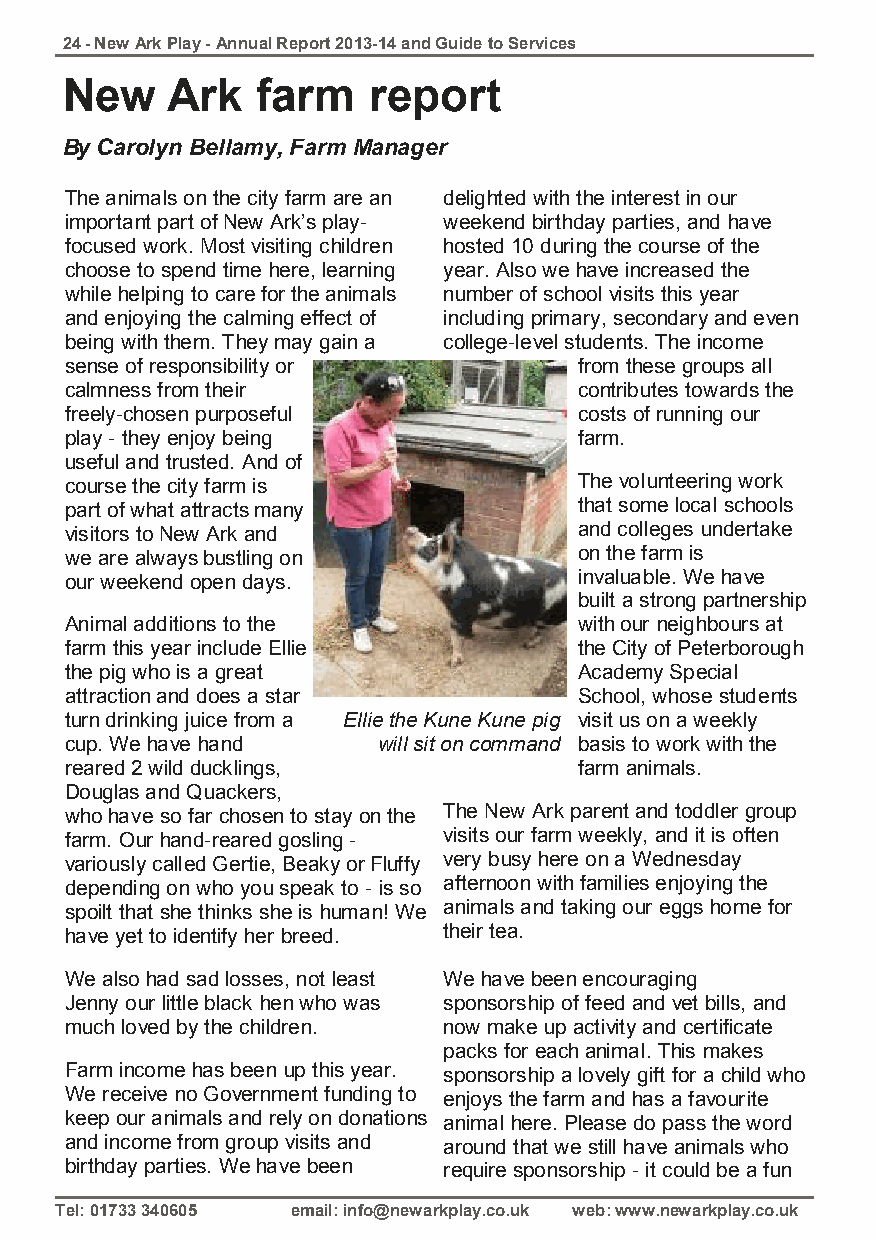
24 - New Ark Play - Annual Report 2013-14 and Guide to Services
 New    Ark   farm   report
 By Carolyn Bellamy, Farm Manager
 The animals on the city farm are an delighted with the interest in our
 important part of New Ark’s play- weekend birthday parties, and have
 focused work. Most visiting children hosted 10 during the course of the
 choose to spend time here, learning year. Also we have increased the
 while helping to care for the animals number of school visits this year
 and enjoying the calming effect of including primary, secondary and even
 being with them. They may gain a college-level students. The income
 sense of responsibility or        from these groups all
 calmness from their               contributes towards the
 freely-chosen purposeful          costs of running our
 play - they enjoy being           farm.
 useful and trusted. And of
 course the city farm is           The volunteering work
 part of what attracts many        that some local schools
 visitors to New Ark and           and colleges undertake
 we are always bustling on         on the farm is
 our weekend open days.            invaluable. We have
 built a strong partnership
 Animal additions to the           with our neighbours at
 farm this year include Ellie      the City of Peterborough
 the pig who is a great            Academy Special
 attraction and does a star        School, whose students
 turn drinking juice from a Ellie the Kune Kune pig visit us on a weekly
 cup. We have hand    will sit on command basis to work with the
 reared 2 wild ducklings,          farm animals.
 Douglas and Quackers,
 who have so far chosen to stay on the The New Ark parent and toddler group
 farm. Our hand-reared gosling - visits our farm weekly, and it is often
 variously called Gertie, Beaky or Fluffy very busy here on a Wednesday
 depending on who you speak to - is so afternoon with families enjoying the
 spoilt that she thinks she is human! We animals and taking our eggs home for
 have yet to identify her breed. their tea.
 We also had sad losses, not least We have been encouraging
 Jenny our little black hen who was sponsorship of feed and vet bills, and
 much loved by the children. now make up activity and certificate
 packs for each animal. This makes
 Farm income has been up this year. sponsorship a lovely gift for a child who
 We receive no Government funding to enjoys the farm and has a favourite
 keep our animals and rely on donations animal here. Please do pass the word
 and income from group visits and around that we still have animals who
 birthday parties. We have been require sponsorship - it could be a fun
 Tel: 01733 340605 email: info@newarkplay.co.uk web: www.newarkplay.co.uk